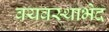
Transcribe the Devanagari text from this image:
वयवस्थाभेद